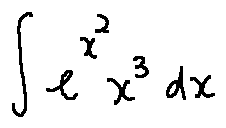
\int e ^ { x ^ { 2 } } x ^ { 3 } d x